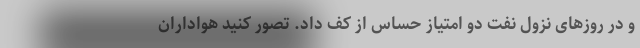
و در روزهای نزول نفت دو امتیاز حساس از کف داد. تصور کنید هواداران